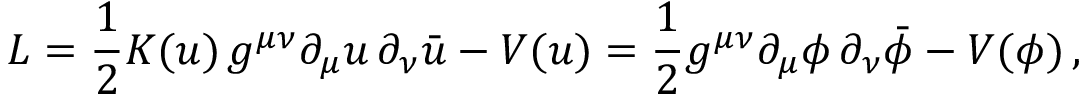
{ \cal L } = { \frac { 1 } { 2 } } { \cal K } ( u ) \, g ^ { \mu \nu } \partial _ { \mu } u \, \partial _ { \nu } \bar { u } - V ( u ) = { \frac { 1 } { 2 } } g ^ { \mu \nu } \partial _ { \mu } \phi \, \partial _ { \nu } \bar { \phi } - V ( \phi ) \, ,